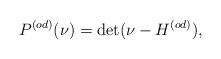
LaTeX: \begin{align*}P^{(od)}(\nu)=\det(\nu-H^{(od)}),\end{align*}